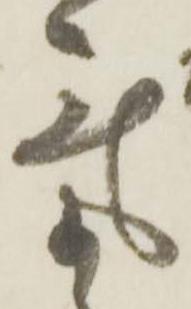
気